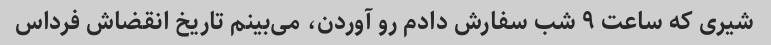
شیری که ساعت ۹ شب سفارش دادم رو آوردن، می‌بینم تاریخ انقضاش فرداس